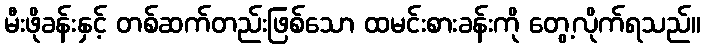
မီးဖိုခန်းနှင့် တစ်ဆက်တည်းဖြစ်သော ထမင်းစားခန်းကို တွေ့လိုက်ရသည်။